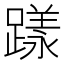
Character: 𨄶